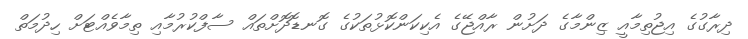
ދިރާގުގެ އިޖުތިމާއީ ޒިންމާގެ ދަށުން ރާއްޖޭގެ އެކިކަންކޮޅުތަކުގެ ގޮނޑޮދޮށްތައް ސާފްކުރުމާއި ތިމާވެއްޓަށް ހިދުމަތް